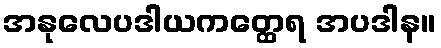
အနုလေပဒါယကတ္ထေရ အပဒါန။